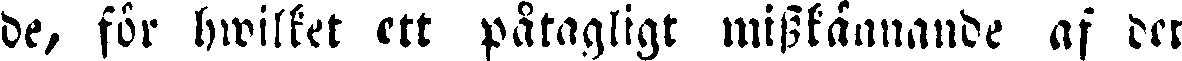
de, för hwilket ett påtagligt misskännande af det